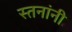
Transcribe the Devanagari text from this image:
स्तनांनी